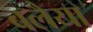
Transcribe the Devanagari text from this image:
बलैया